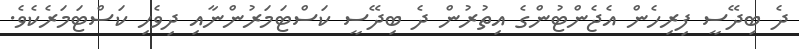
ދެ ބިދޭސީ ފިރިހެން އެޖެންޓުންގެ އިތުރުން ދެ ބިދޭސީ ކަސްޓަމަރުންނާއި ދިވެހި ކަސްޓަމަރެކެވެ.